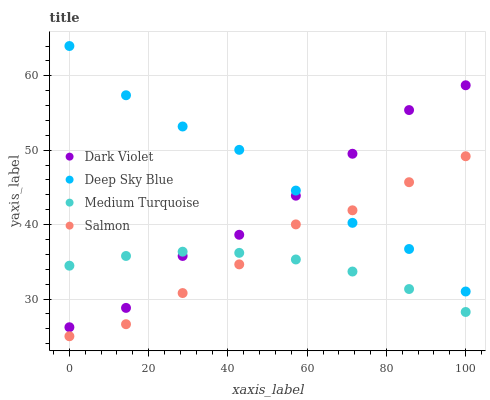
| xaxis_label | Dark Violet | Deep Sky Blue | Medium Turquoise | Salmon |
 | --- | --- | --- | --- | --- |
 | 0 | 26.2 | 64 | 34.5 | 25 |
 | 14.3 | 28.8 | 57.4 | 35.8 | 26.6 |
 | 28.6 | 35.8 | 53.2 | 36.4 | 30.8 |
 | 42.9 | 38.6 | 50 | 36.2 | 34.7 |
 | 57.1 | 43.9 | 44.6 | 35.3 | 40 |
 | 71.4 | 49.5 | 40.2 | 33.7 | 41.9 |
 | 85.7 | 55.4 | 36.7 | 31.3 | 45.7 |
 | 100 | 58.7 | 31 | 28.3 | 49.2 |